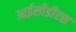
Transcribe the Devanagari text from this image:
आईसीडीएस